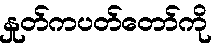
နှုတ်ကပတ်တော်ကို